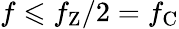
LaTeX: f\leqslant f_{\mathrm{Z}}/2=f_{\mathrm{C}}